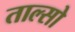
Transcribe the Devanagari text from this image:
ताल्सो